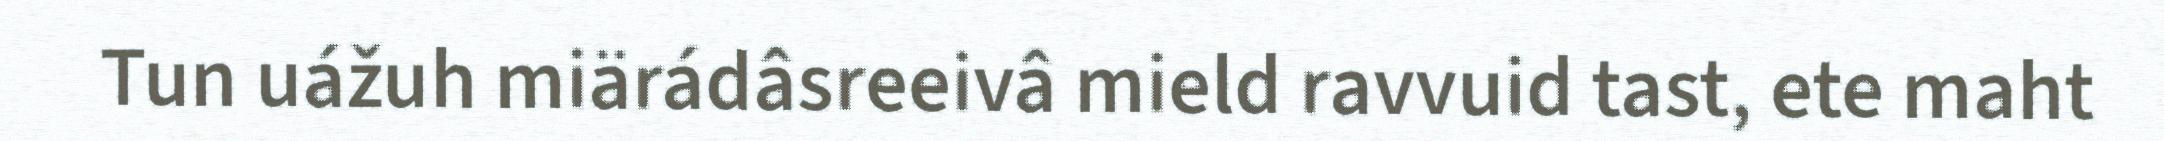
Tun uážuh miärádâsreeivâ mield ravvuid tast, ete maht